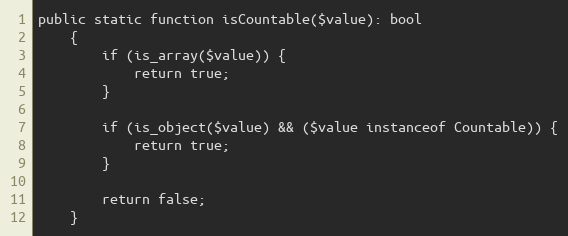
Language: PHP
public static function isCountable($value): bool
    {
        if (is_array($value)) {
            return true;
        }

        if (is_object($value) && ($value instanceof Countable)) {
            return true;
        }

        return false;
    }